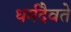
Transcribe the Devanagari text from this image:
धर्मदैवते